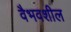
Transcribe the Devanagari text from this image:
वैभवशील